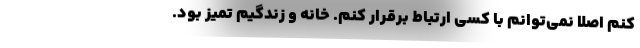
کنم اصلاً نمی‌توانم با کسی ارتباط برقرار کنم. خانه و زندگیم تمیز بود.